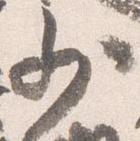
少